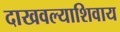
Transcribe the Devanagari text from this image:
दाखवल्याशिवाय